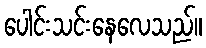
ပေါင်းသင်းနေလေသည်။